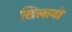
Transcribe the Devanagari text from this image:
खिलानी